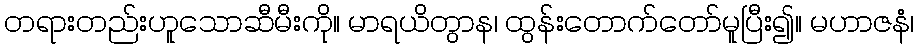
တရားတည်းဟူသောဆီမီးကို။ မာရယိတွာန၊ ထွန်းတောက်တော်မူပြီး၍။ မဟာဇနံ၊